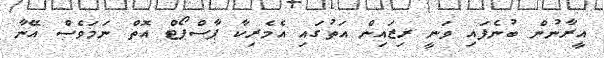
އީރާނުން ބުނެފައި ވަނީ ރިޒައިން އަތުގައި އެމެރިކާ ޕާސްޕޯޓް އޮތް ނަމަވެސް އޭނާ